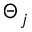
\Theta _ { j }